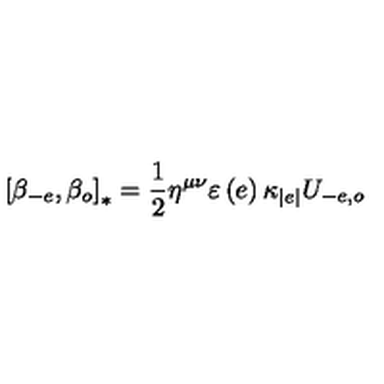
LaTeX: \left[ \beta _ { - e } , \beta _ { o } \right] _ { \ast } = \frac { 1 } { 2 } \eta ^ { \mu \nu } \varepsilon \left( e \right) \kappa _ { \left\vert e \right\vert } U _ { - e , o }